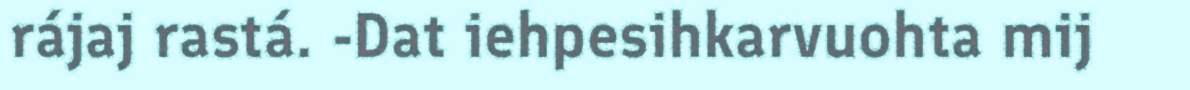
rájaj rastá. -Dat iehpesihkarvuohta mij